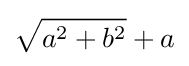
{\sqrt {a^{2}+b^{2}}}+a